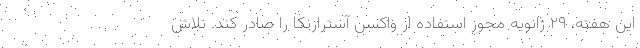
این هفته، ۲۹ ژانویه مجوز استفاده از واکسن آسترازنکا را صادر کند. تلاش